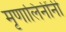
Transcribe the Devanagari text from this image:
मृणालिनींनी